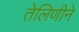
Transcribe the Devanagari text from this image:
तेलिणीने